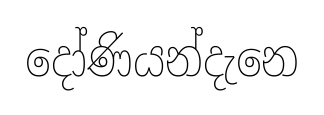
දෝණියන්දැනෙ